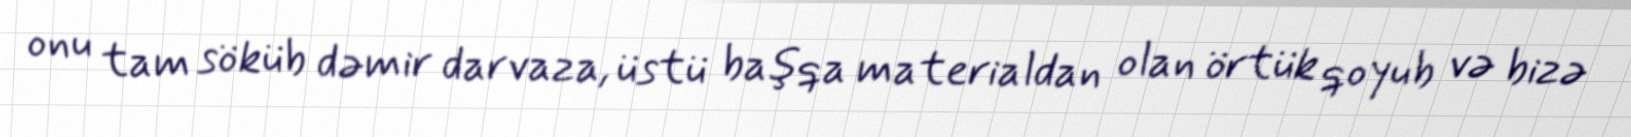
onu tam söküb dəmir darvaza, üstü başqa materialdan olan örtük qoyub və bizə